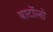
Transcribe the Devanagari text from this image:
बार्टोलो